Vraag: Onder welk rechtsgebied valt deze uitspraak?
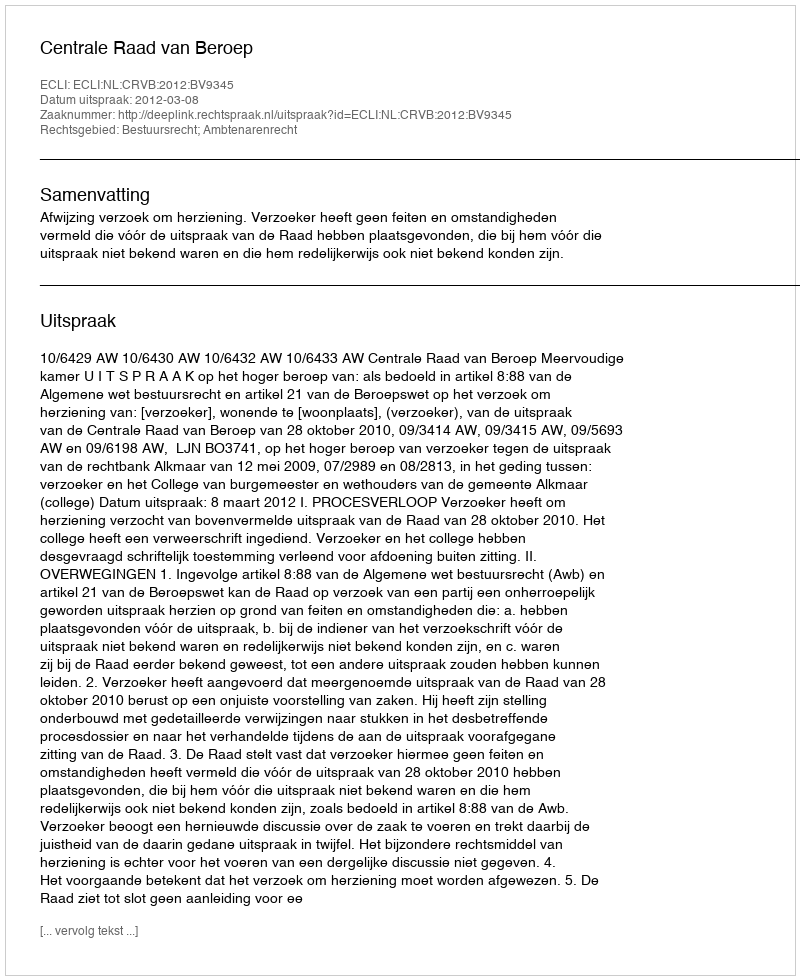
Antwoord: Bestuursrecht; Ambtenarenrecht